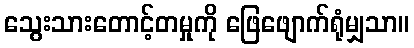
သွေးသားတောင့်တမှုကို ဖြေဖျောက်ရုံမျှသာ။